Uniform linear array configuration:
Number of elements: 48
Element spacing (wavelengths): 1
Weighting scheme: cosine
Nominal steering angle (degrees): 0
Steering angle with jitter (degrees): -1.06
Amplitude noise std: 0.05
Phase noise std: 0.05

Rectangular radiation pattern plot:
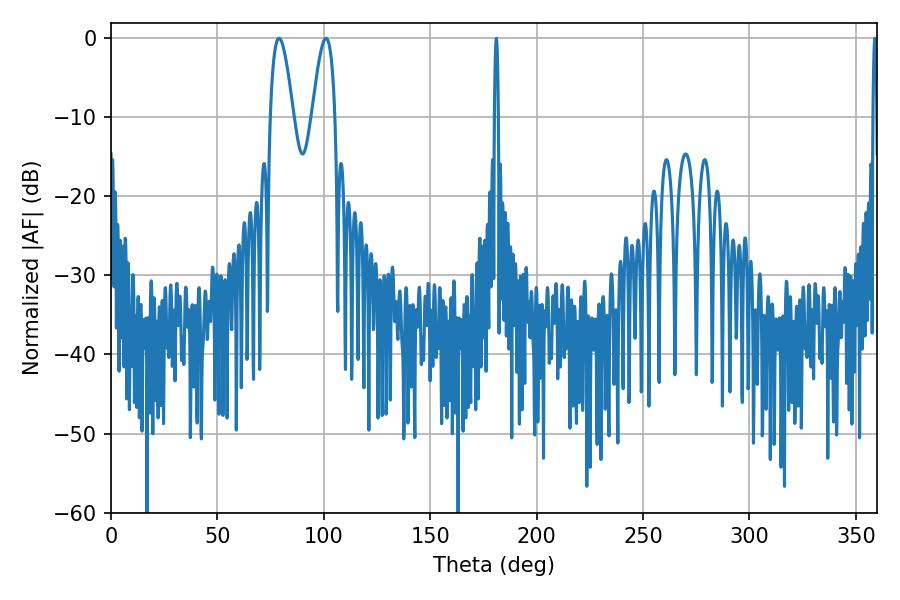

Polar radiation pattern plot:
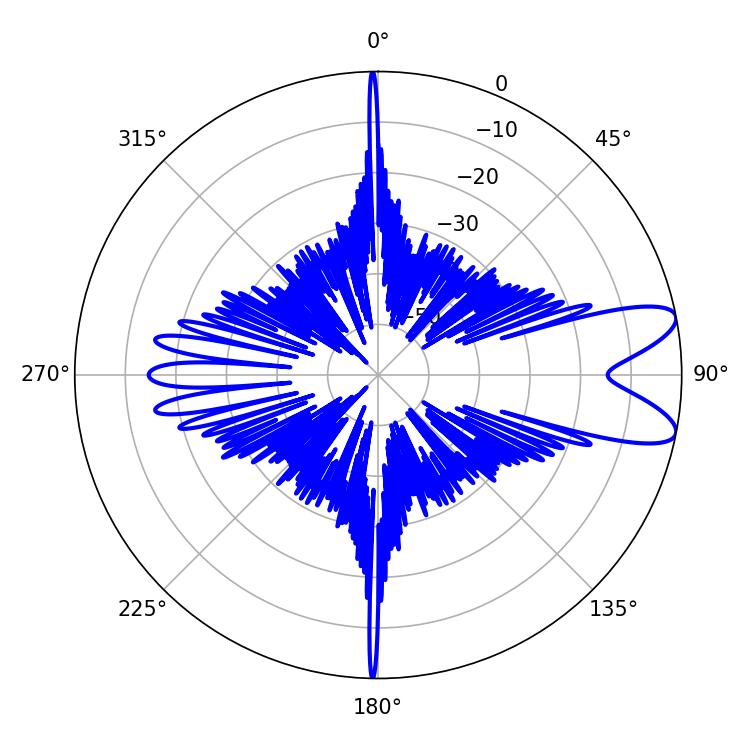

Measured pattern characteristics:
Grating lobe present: TRUE
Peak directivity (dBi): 9.64
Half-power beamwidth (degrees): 5.76
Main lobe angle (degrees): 79.02